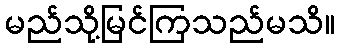
မည်သို့မြင်ကြသည်မသိ။